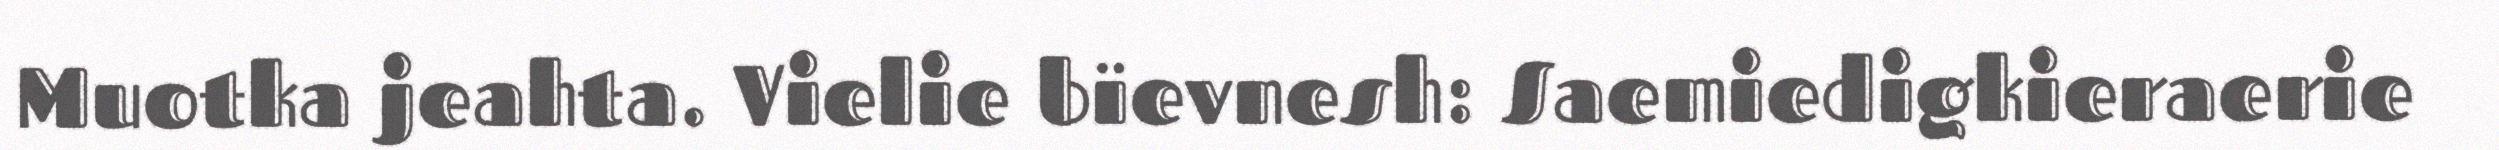
Muotka jeahta. Vielie bïevnesh: Saemiedigkieraerie